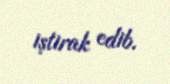
iştirak edib.